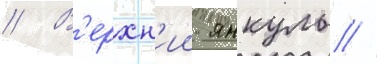
// В'ерхн'ии янкуль //